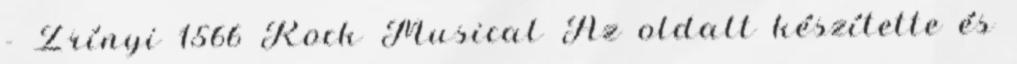
- Zrínyi 1566 Rock Musical Az oldalt készítette és